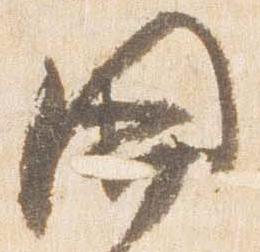
開